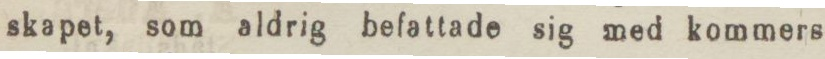
skapet, som aldrig befattade sig med kommers